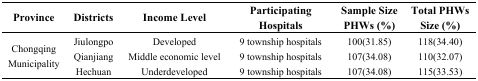
<table><thead><tr><td><b>Province</b></td><td><b>Districts</b></td><td><b>Income Level</b></td><td><b>Participating Hospitals</b></td><td><b>Sample Size PHWs (%)</b></td><td><b>Total PHWs Size (%)</b></td></tr></thead><tbody><tr><td rowspan="3">Chongqing Municipality</td><td>Jiulongpo</td><td>Developed</td><td>9 township hospitals</td><td>100(31.85)</td><td>118(34.40)</td></tr><tr><td>Qianjiang</td><td>Middle economic level</td><td>9 township hospitals</td><td>107(34.08)</td><td>110(32.07)</td></tr><tr><td>Hechuan</td><td>Underdeveloped</td><td>9 township hospitals</td><td>107(34.08)</td><td>115(33.53)</td></tr></tbody></table>